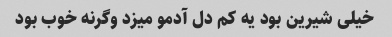
خیلی شیرین بود یه کم دل آدمو میزد وگرنه خوب بود